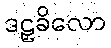
ဒဠှခိလော